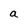
Character: a